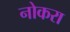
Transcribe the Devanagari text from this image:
नोकरा